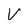
Character: V